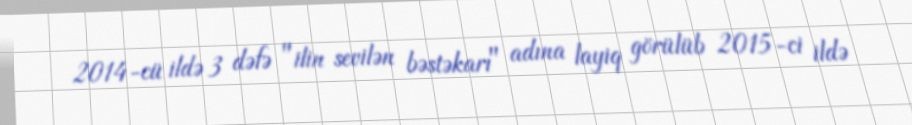
2014-cü ildə 3 dəfə "ilin sevilən bəstəkarı" adına layiq görülüb 2015-ci ildə